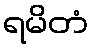
ရမိတံ